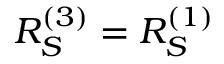
R _ { S } ^ { ( 3 ) } = R _ { S } ^ { ( 1 ) }